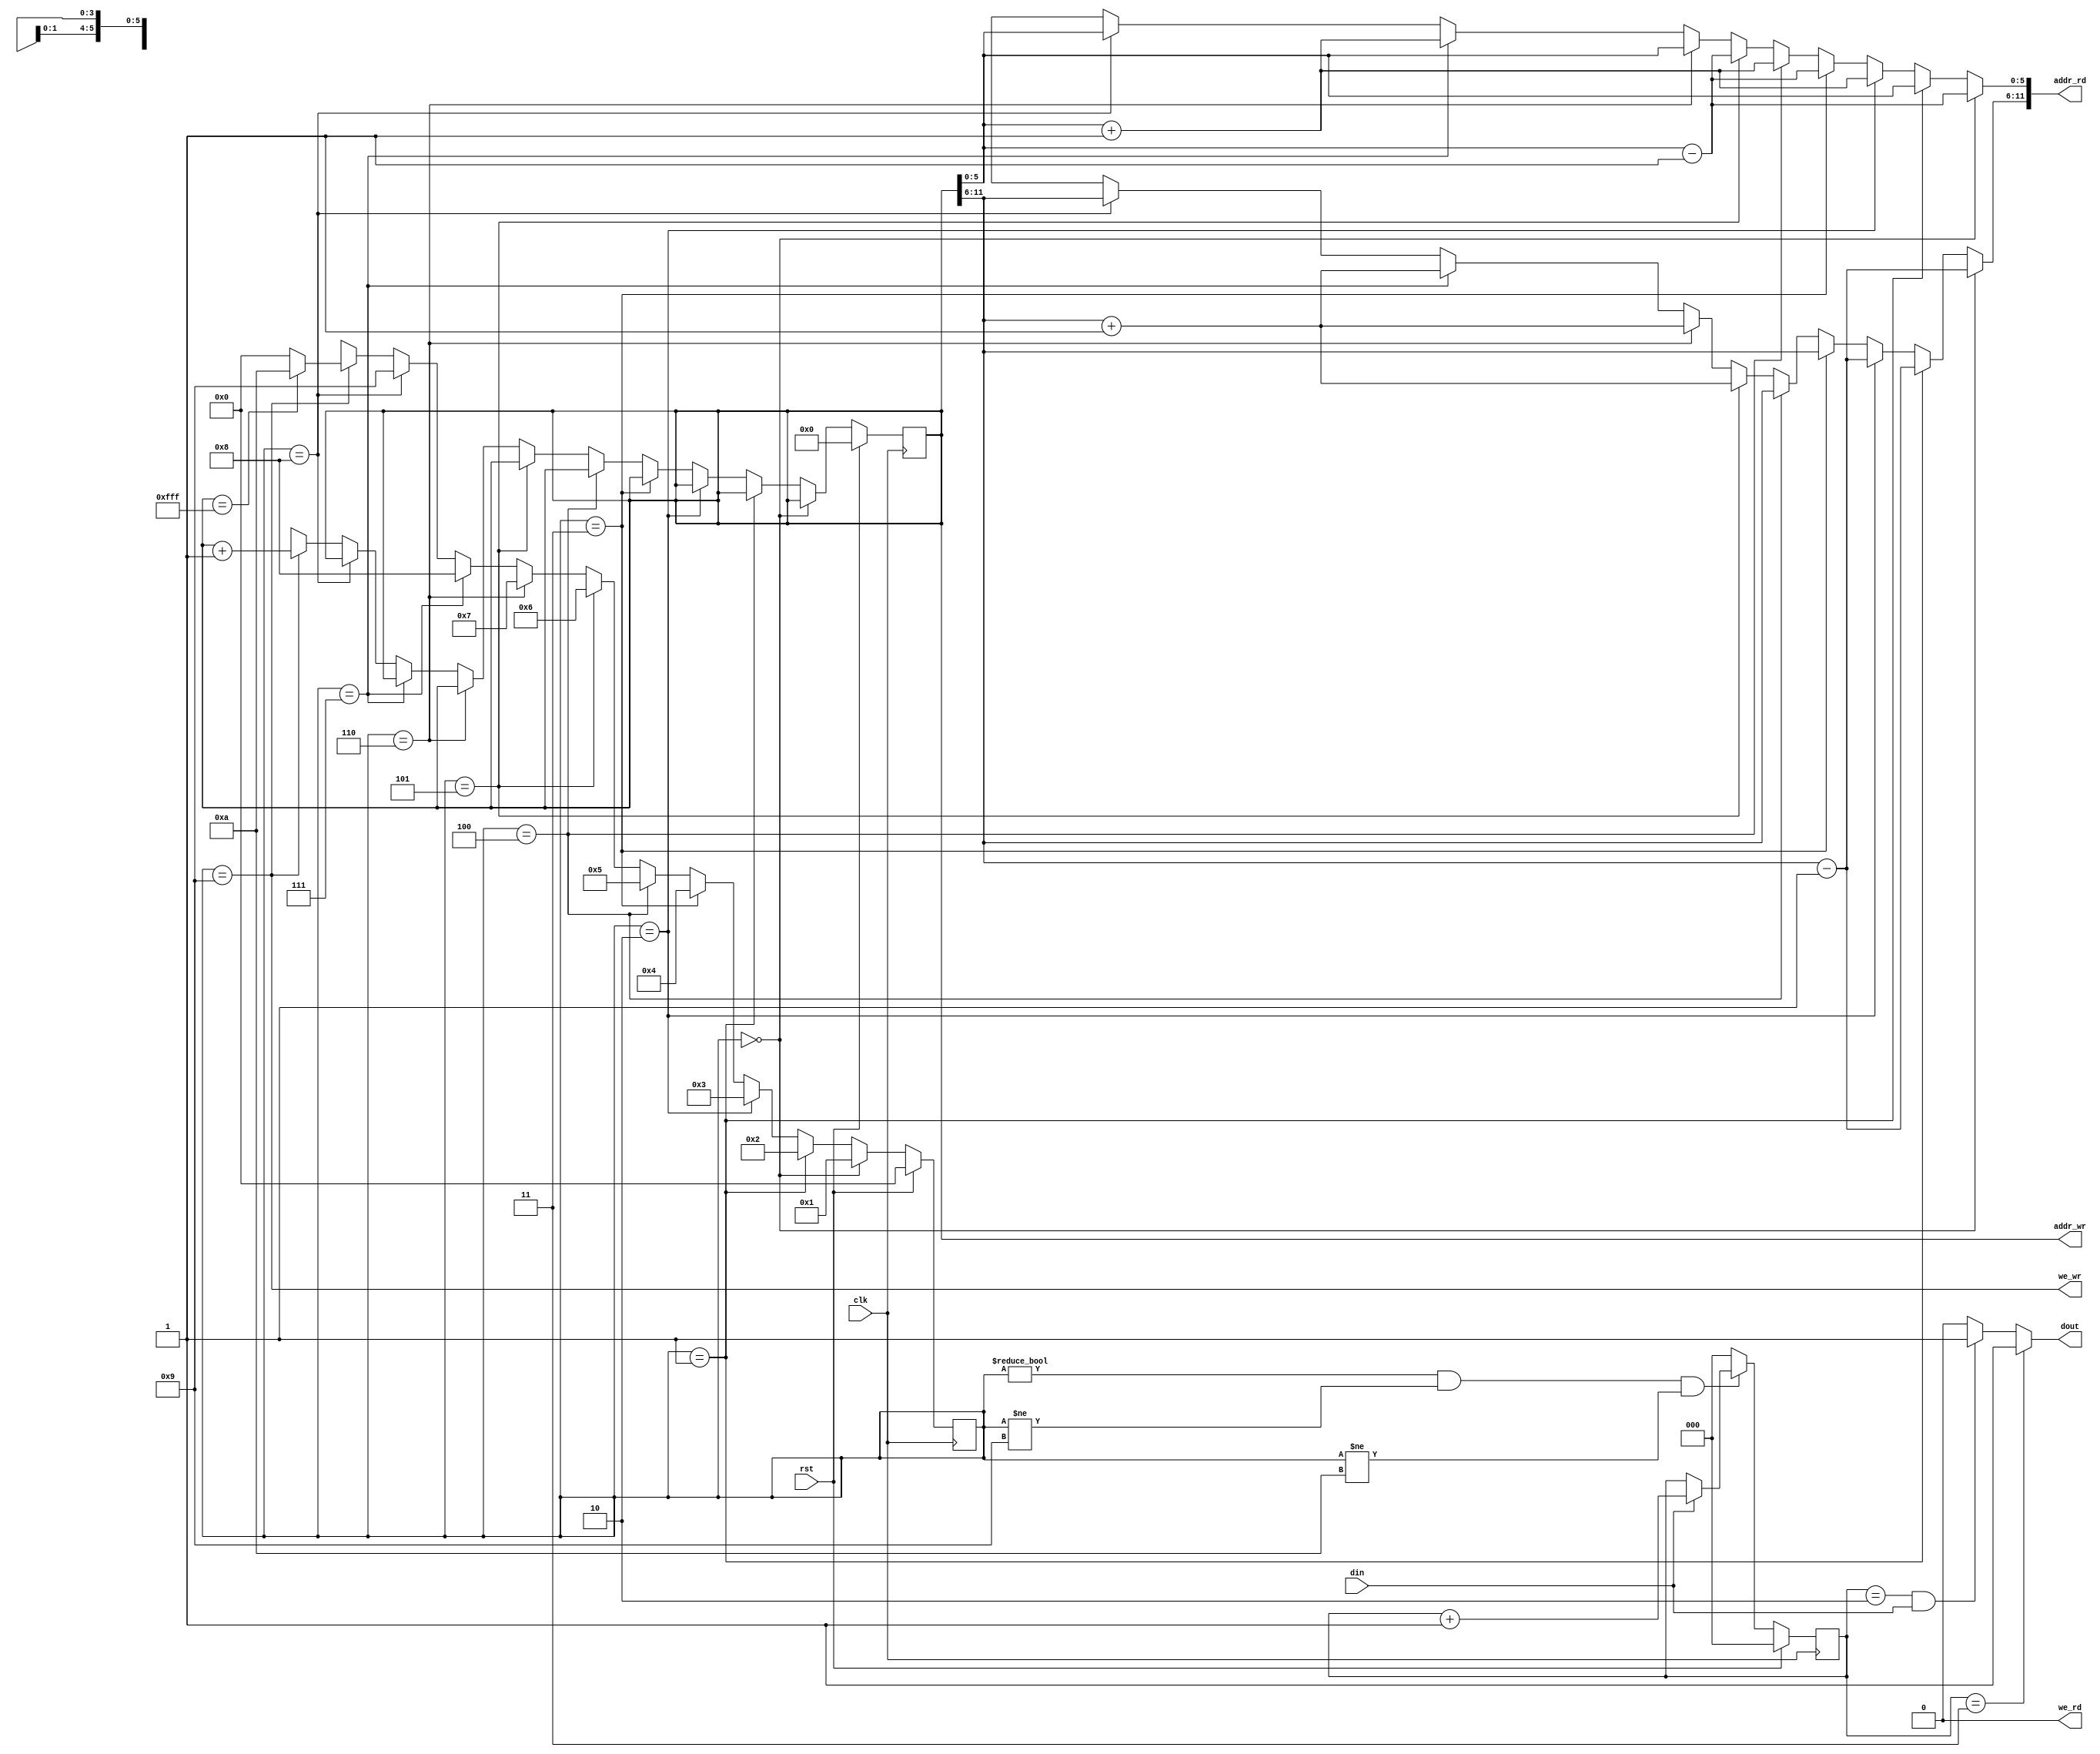
(* opt_level = 2 *)
module conway(clk, rst, addr_rd, we_rd, din, addr_wr, we_wr, dout);

input clk, rst;

input din;
output wire[11:0] addr_rd, addr_wr;
output wire we_rd, we_wr;
output reg dout;

/* States. At RD0, we read 0. At CK0 we check 0 and read 1. ...
 * At CK7, we read the X position to see if the current cell is filled.
 * At WR, we write the next state according to neighbor count N. 
 * When all 4096 cells are filled, we go into STOP and wait there.
 * [0][1][2]
 * [3][x][4]
 * [5][6][7] */
parameter RD0 = 0;
parameter CK0 = 1;
parameter CK1 = 2;
parameter CK2 = 3;
parameter CK3 = 4;
parameter CK4 = 5;
parameter CK5 = 6;
parameter CK6 = 7;
parameter CK7 = 8;
parameter WR = 9;
parameter DONE = 10;
reg[3:0] state;
initial state = RD0;

/* The current cell. Using rdX and rdY enables us to implement
 * side wrapping just by the means of overflow and get away
 * with 6-bit adders in the process. N is neighbor count. */
reg[11:0] ptr;
reg[5:0] rdX, rdY;
reg[2:0] N;

/* Use many always blocks to show different sequential and
 * combinatorial components. This is a state machine with output
 * given only at the WR state. Until that time, it checks the neighbor
 * cells and keeps a counter N. When WR is reached, a combinational
 * logic stage decides whether to write 0 or 1 to the next state of game. */
always @(posedge clk) begin
	if(rst) begin
		ptr <= 0;
		state <= RD0;
	end
	else if(state == RD0) state <= CK0;
	else if(state == CK0) state <= CK1;
	else if(state == CK1) state <= CK2;
	else if(state == CK2) state <= CK3;
	else if(state == CK3) state <= CK4;
	else if(state == CK4) state <= CK5;
	else if(state == CK5) state <= CK6;
	else if(state == CK6) state <= CK7;
	else if(state == CK7) state <= WR;
	else if(state == WR) begin
		ptr <= ptr + 1;
		if(ptr == 4095) state <= DONE;
		else state <= RD0;
	end else begin
		ptr <= 12'bx;
		state <= 4'bx;
	end
end

always @(posedge clk) begin
	if(rst) N <= 0;
	else if(state != RD0 && state != WR && state != DONE) begin
		if(din) N <= N + 1;
	end else N <= 0;
end

always @(state) begin
	if(state == RD0) begin
		rdX = ptr[5:0] - 1;
		rdY = ptr[11:6] - 1;
	end else if(state == CK0) begin
		rdX = ptr[5:0];
		rdY = ptr[11:6] - 1;
	end else if(state == CK1) begin
		rdX = ptr[5:0] + 1;
		rdY = ptr[11:6] - 1;
	end else if(state == CK2) begin
		rdX = ptr[5:0] - 1;
		rdY = ptr[11:6];
	end else if(state == CK3) begin
		rdX = ptr[5:0] + 1;
		rdY = ptr[11:6];
	end else if(state == CK4) begin
		rdX = ptr[5:0] - 1;
		rdY = ptr[11:6] + 1;
	end else if(state == CK5) begin
		rdX = ptr[5:0];
		rdY = ptr[11:6] + 1;
	end else if(state == CK6) begin
		rdX = ptr[5:0] + 1;
		rdY = ptr[11:6] + 1;
	end else if(state == CK7) begin
		rdX = ptr[5:0];
		rdY = ptr[11:6];
	end else begin
		rdX = 6'bx;
		rdY = 6'bx;
	end
end

always @(state) begin
	if(N == 3) dout = 1;
	else if(N == 2 && din == 1) dout = 1;
	else dout = 0;
end

/* what to actually send to the RAM */
assign addr_rd = {rdY, rdX};
assign addr_wr = ptr;
assign we_rd = 0; /* duh */
assign we_wr = (state == WR);

endmodule